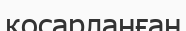
қосарланған